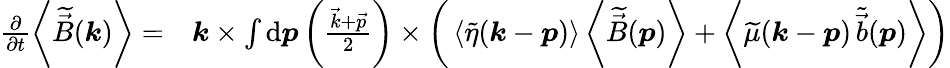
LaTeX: \begin{array}{rl}{\frac{\partial}{\partial t}\left<\widetilde{\vec{B}}(\boldsymbol{k})\right>=}&{\boldsymbol{k}\times\int\mathrm{d}\boldsymbol{p}\left(\frac{\vec{k}+\vec{p}}{2}\right)\times\bigg(\left<\widetilde{\eta}(\boldsymbol{k}-\boldsymbol{p})\right>\left<\widetilde{\vec{B}}(\boldsymbol{p})\right>+\left<\widetilde{\mu}(\boldsymbol{k}-\boldsymbol{p})\, \widetilde{\vec{b}}(\boldsymbol{p})\right>\bigg)}\end{array}